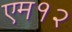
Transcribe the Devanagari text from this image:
एम१२